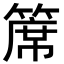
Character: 𥱊